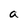
Character: a